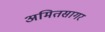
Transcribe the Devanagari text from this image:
अमितसागर